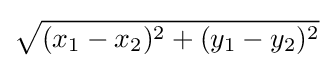
{\sqrt {(x_{1}-x_{2})^{2}+(y_{1}-y_{2})^{2}}}